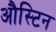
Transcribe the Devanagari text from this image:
औस्टिन